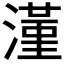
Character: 𣾑